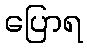
ပြောရ